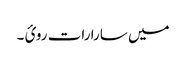
میں سارا رات روئ ۔